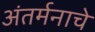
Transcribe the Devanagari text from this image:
अंतर्मनाचे